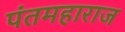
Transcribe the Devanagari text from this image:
पंतमहाराज